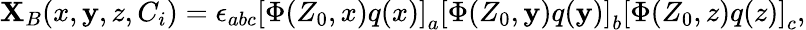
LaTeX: \mathbf{X}_{B}(x,\mathbf{y},z,C_{i})=\epsilon_{abc}\left[\Phi(Z_{0},x)q(x)\right]_{a}\left[\Phi(Z_{0},\mathbf{y})q(\mathbf{y})\right]_{b}\left[\Phi(Z_{0},z)q(z)\right]_{c},